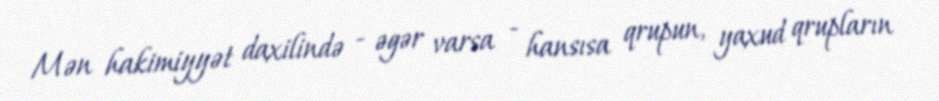
Mən hakimiyyət daxilində - əgər varsa - hansısa qrupun, yaxud qrupların